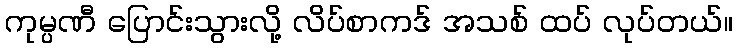
ကုမ္ပဏီ ပြောင်းသွားလို့ လိပ်စာကဒ် အသစ် ထပ် လုပ်တယ်။